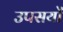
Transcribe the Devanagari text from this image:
उपसर्यों